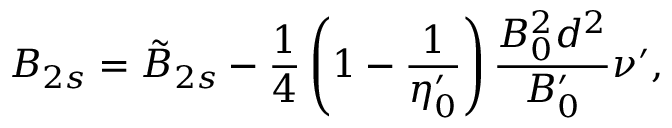
B _ { 2 s } = \tilde { B } _ { 2 s } - \frac { 1 } { 4 } \left( 1 - \frac { 1 } { \eta _ { 0 } ^ { \prime } } \right) \frac { B _ { 0 } ^ { 2 } d ^ { 2 } } { B _ { 0 } ^ { \prime } } \nu ^ { \prime } ,